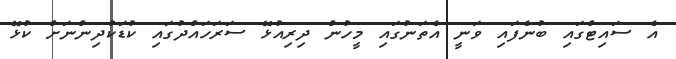
އެ ސައިޓްގައި ބުނެފައި ވަނީ އެތަނުގައި މީހުން ދިރިއުޅޭ ސަރަހައްދުގައި ކުޑަކުދިންނަށް ކުޅޭ